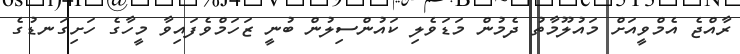
ރާއްޖެ އެމްވީއަށް މައުލޫމާތު ދެމުން މަޑަވެލި ކައުންސިލުން ބުނީ ޒަހަމްވެފައިވާ މީހާގެ ހަށިގަނޑުގެ